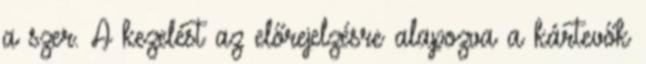
a szer. A kezelést az előrejelzésre alapozva a kártevők